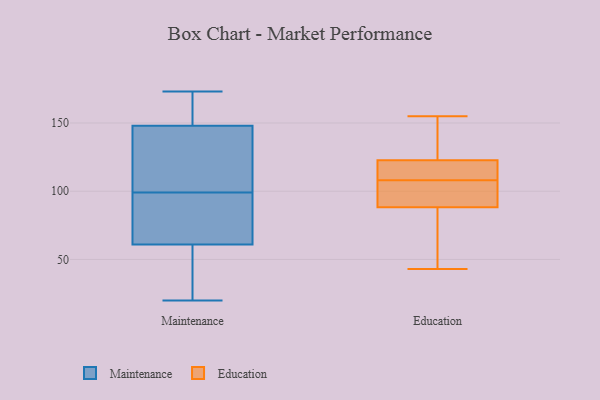
{"axis": {"x": "Temperature (°C)", "y": "Value"}, "legend": ["Education", "Maintenance"], "data": [{"x": "", "y": 23, "type": "Maintenance"}, {"x": "", "y": 90, "type": "Maintenance"}, {"x": "", "y": 97, "type": "Maintenance"}, {"x": "", "y": 155, "type": "Maintenance"}, {"x": "", "y": 173, "type": "Maintenance"}, {"x": "", "y": 165, "type": "Maintenance"}, {"x": "", "y": 101, "type": "Maintenance"}, {"x": "", "y": 83, "type": "Maintenance"}, {"x": "", "y": 20, "type": "Maintenance"}, {"x": "", "y": 60, "type": "Maintenance"}, {"x": "", "y": 148, "type": "Maintenance"}, {"x": "", "y": 138, "type": "Maintenance"}, {"x": "", "y": 61, "type": "Maintenance"}, {"x": "", "y": 111, "type": "Maintenance"}, {"x": "", "y": 133, "type": "Education"}, {"x": "", "y": 85, "type": "Education"}, {"x": "", "y": 122, "type": "Education"}, {"x": "", "y": 64, "type": "Education"}, {"x": "", "y": 108, "type": "Education"}, {"x": "", "y": 98, "type": "Education"}, {"x": "", "y": 155, "type": "Education"}, {"x": "", "y": 123, "type": "Education"}, {"x": "", "y": 106, "type": "Education"}, {"x": "", "y": 43, "type": "Education"}, {"x": "", "y": 117, "type": "Education"}]}